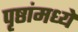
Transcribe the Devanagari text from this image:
पृष्ठांमध्ये